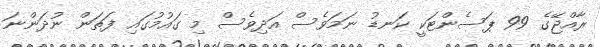
ރާއްޖޭގެ 99 ޕަސެންޓަކީ ކަނޑު ނަމަވެސް އަދިވެސް މި ގައުމުގައި ފަތަން ނުދަންނަ